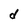
Character: d